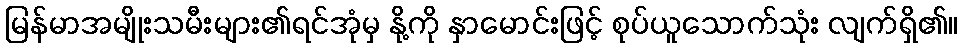
မြန်မာအမျိုးသမီးများ၏ရင်အုံမှ နို့ကို နှာမောင်းဖြင့် စုပ်ယူသောက်သုံး လျက်ရှိ၏။